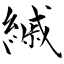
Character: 縬